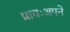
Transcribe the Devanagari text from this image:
प्रायःअपने